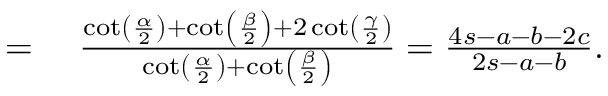
\begin{array} { r l } { = { } } & { { } { \frac { \cot \left( { \frac { \alpha } { 2 } } \right) + \cot \left( { \frac { \beta } { 2 } } \right) + 2 \cot \left( { \frac { \gamma } { 2 } } \right) } { \cot \left( { \frac { \alpha } { 2 } } \right) + \cot \left( { \frac { \beta } { 2 } } \right) } } = { \frac { 4 s - a - b - 2 c } { 2 s - a - b } } . } \end{array}